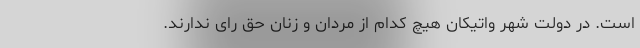
است. در دولت ‌شهر واتیکان هیچ کدام از مردان و زنان حق رای ندارند.